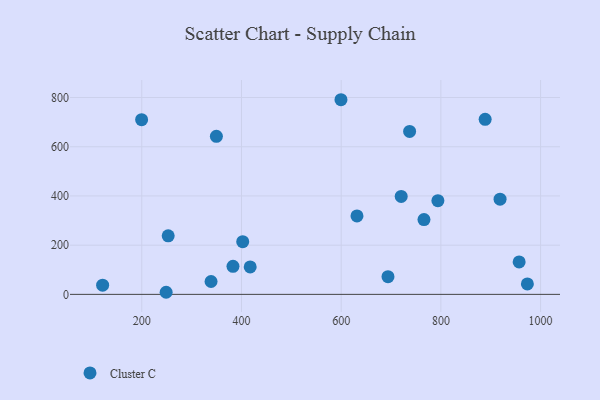
{"axis": {"x": "Price", "y": "Sales"}, "legend": ["Cluster C"], "data": [{"x": "766.1", "y": 304.0, "type": "Cluster C"}, {"x": "599.6", "y": 791.1, "type": "Cluster C"}, {"x": "973.5", "y": 42.4, "type": "Cluster C"}, {"x": "383.0", "y": 114.1, "type": "Cluster C"}, {"x": "794.0", "y": 380.8, "type": "Cluster C"}, {"x": "888.8", "y": 711.3, "type": "Cluster C"}, {"x": "417.5", "y": 111.6, "type": "Cluster C"}, {"x": "918.7", "y": 386.9, "type": "Cluster C"}, {"x": "693.9", "y": 71.9, "type": "Cluster C"}, {"x": "720.4", "y": 398.2, "type": "Cluster C"}, {"x": "402.5", "y": 214.1, "type": "Cluster C"}, {"x": "957.0", "y": 131.8, "type": "Cluster C"}, {"x": "631.7", "y": 318.8, "type": "Cluster C"}, {"x": "121.5", "y": 37.3, "type": "Cluster C"}, {"x": "199.7", "y": 710.1, "type": "Cluster C"}, {"x": "248.9", "y": 8.5, "type": "Cluster C"}, {"x": "349.7", "y": 642.4, "type": "Cluster C"}, {"x": "339.0", "y": 52.3, "type": "Cluster C"}, {"x": "737.3", "y": 662.4, "type": "Cluster C"}, {"x": "253.0", "y": 238.1, "type": "Cluster C"}]}